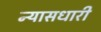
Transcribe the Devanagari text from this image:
न्यासधारी